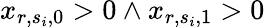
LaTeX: x_{r,s_{i},0}>0\land x_{r,s_{i},1}>0